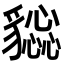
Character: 𧴕